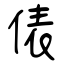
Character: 俵